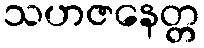
သဟဇနေတ္တ